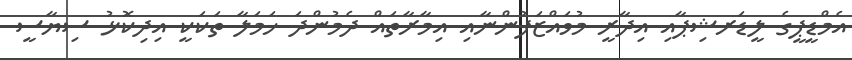
އެމްޑީޕީގެ ލީޑަރޝިޕާއި އިދާރީ މުވައްޒަފުންނާއި އިމާރާތައް ދެމުންދަ ހަމަލާ ތަކަކީ އިދިކޮޅު ސިޔާސީ